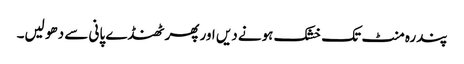
پندرہ منٹ تک خشک ہونے دیں اور پھر ٹھنڈے پانی سے دھو لیں۔